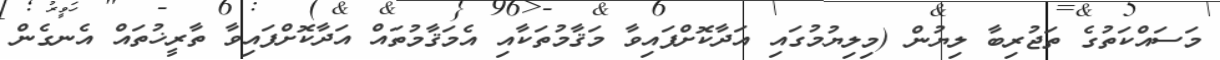
މަސައްކަތުގެ ތަޖުރިބާ ލިޔުން (މިލިޔުމުގައި އަދާކޮށްފައިވާ މަޤާމުތަކާއި އެމަޤާމުތައް އަދާކޮށްފައިވާ ތާރީޚުތައް އެނގެން